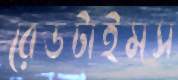
রেডটাইমস